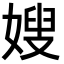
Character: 嫂